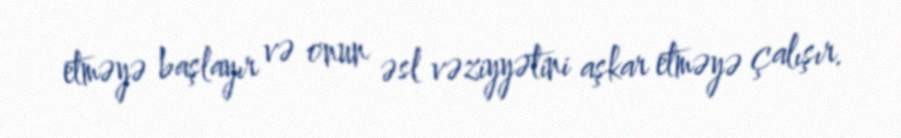
etməyə başlayır və onun əsl vəziyyətini aşkar etməyə çalışır.